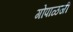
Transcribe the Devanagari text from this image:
गोपाळजी